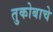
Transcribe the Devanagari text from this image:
तुकोबाचे